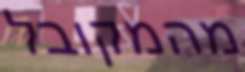
מהמקובל